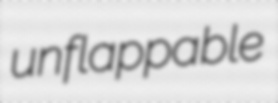
unflappable